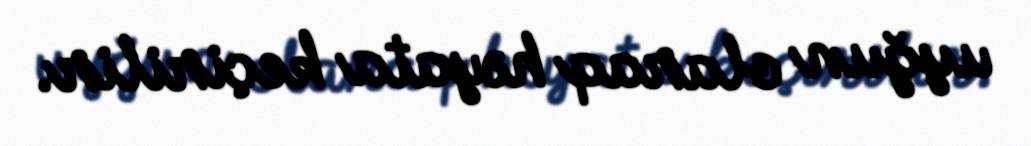
uyğun olaraq həyata keçirilir.